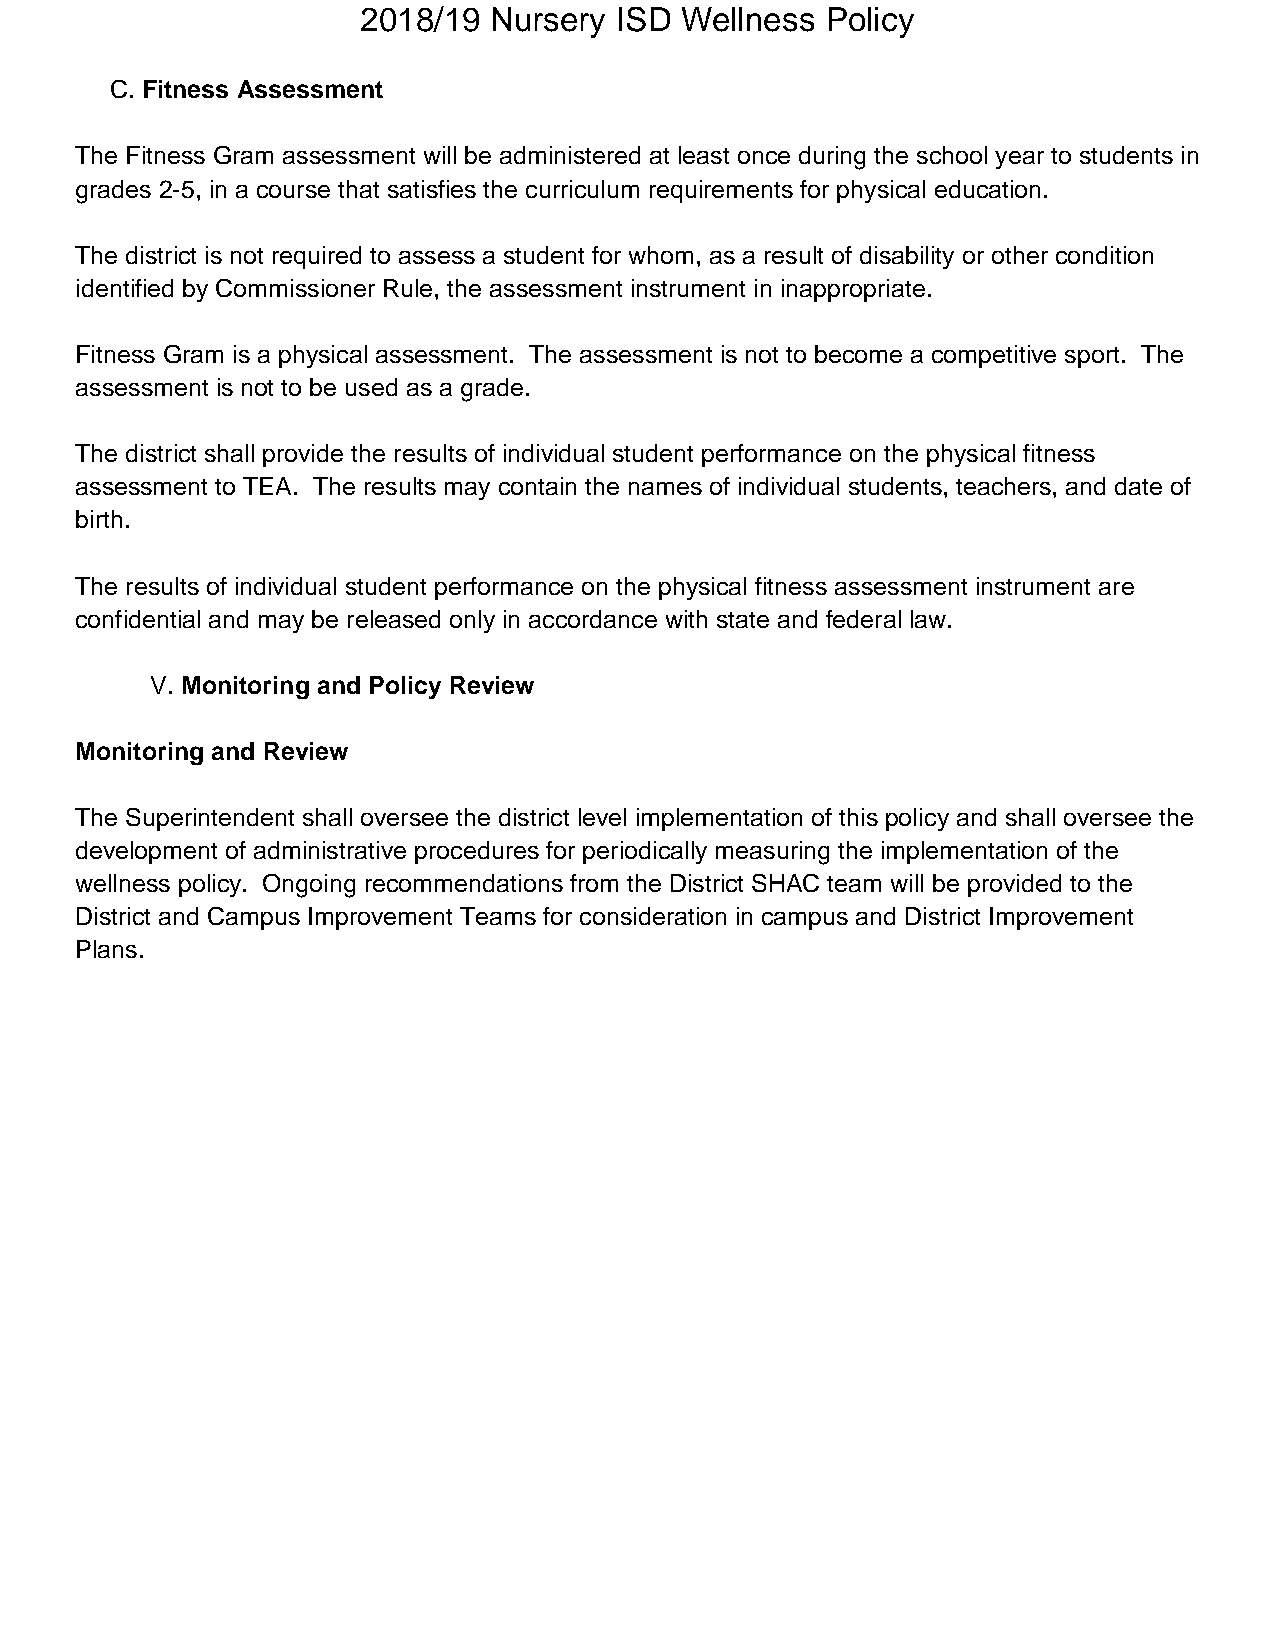
2018/19 Nursery  ISD Wellness  Policy
 C. Fitness Assessment
 The Fitness Gram assessment will be administered at least once during the school year to students in
 grades 2-5, in a course that satisfies the curriculum requirements for physical education.
 The district is not required to assess a student for whom, as a result of disability or other condition
 identified by Commissioner Rule, the assessment instrument in inappropriate.
 Fitness Gram is a physical assessment. The assessment is not to become a competitive sport. The
 assessment is not to be used as a grade.
 The district shall provide the results of individual student performance on the physical fitness
 assessment to TEA. The results may contain the names of individual students, teachers, and date of
 birth.
 The results of individual student performance on the physical fitness assessment instrument are
 confidential and may be released only in accordance with state and federal law.
 V. Monitoring and Policy Review
 Monitoring and Review
 The Superintendent shall oversee the district level implementation of this policy and shall oversee the
 development of administrative procedures for periodically measuring the implementation of the
 wellness policy. Ongoing recommendations from the District SHAC team will be provided to the
 District and Campus Improvement Teams for consideration in campus and District Improvement
 Plans.